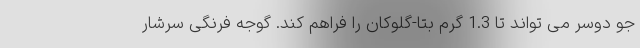
جو دوسر می تواند تا 1.3 گرم بتا-گلوکان را فراهم کند. گوجه فرنگی سرشار